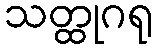
သတ္ထုဂရု